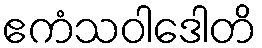
ဧကံသဝါဒေါတိ